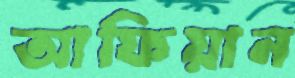
আফিয়ান